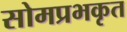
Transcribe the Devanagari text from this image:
सोमप्रभकृत